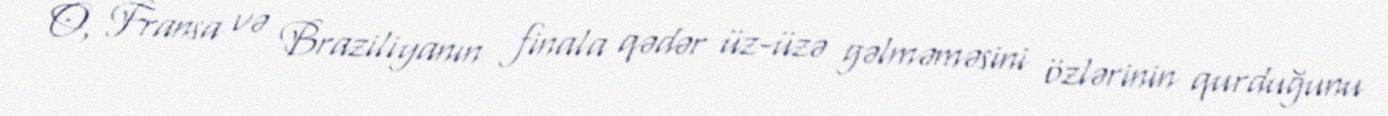
O, Fransa və Braziliyanın finala qədər üz-üzə gəlməməsini özlərinin qurduğunu